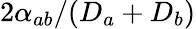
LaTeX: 2\alpha_{ab}/(D_{a}+D_{b})